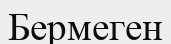
Бермеген